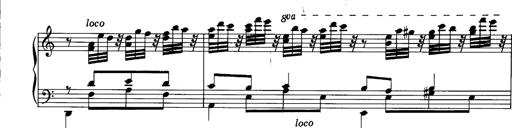
Title: La romanesca
Composer: Franz Liszt